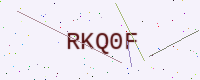
Text: RKQ0F